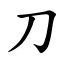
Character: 刀